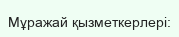
Мұражай қызметкерлері: